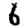
Digit: 6